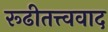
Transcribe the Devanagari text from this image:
रूढीतत्त्ववाद